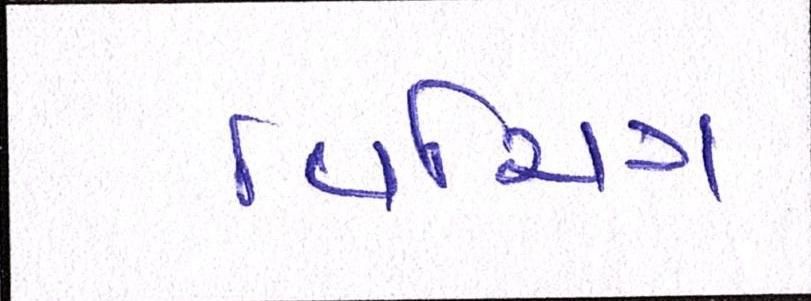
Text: વિચિત્ર